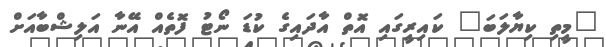
"މީތި ކިޔާލަބަ" ކައިރީގައި އޮތް އާދައިގެ ކުޑަ ނޯޓު ފޮތެއް އޭނާ އަލިޝްބާއަށް